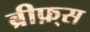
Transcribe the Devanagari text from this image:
ब्रीफ़्स